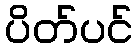
ပိတ်ပင်